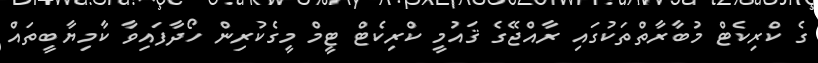
ގެ ކްރިކެޓް މުބާރާތްތަކުގައި ރާއްޖޭގެ ޤައުމީ ކްރިކެޓް ޓީމް މީގެކުރިން ހޯދާފައިވާ ކާމިޔާބީތައް